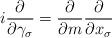
LaTeX: \begin{align*}i \frac{\partial}{\partial \gamma_\sigma} = \frac{\partial}{\partial m} \frac{\partial}{\partial x_\sigma}\end{align*}